EAOK_Sinod, lk 121
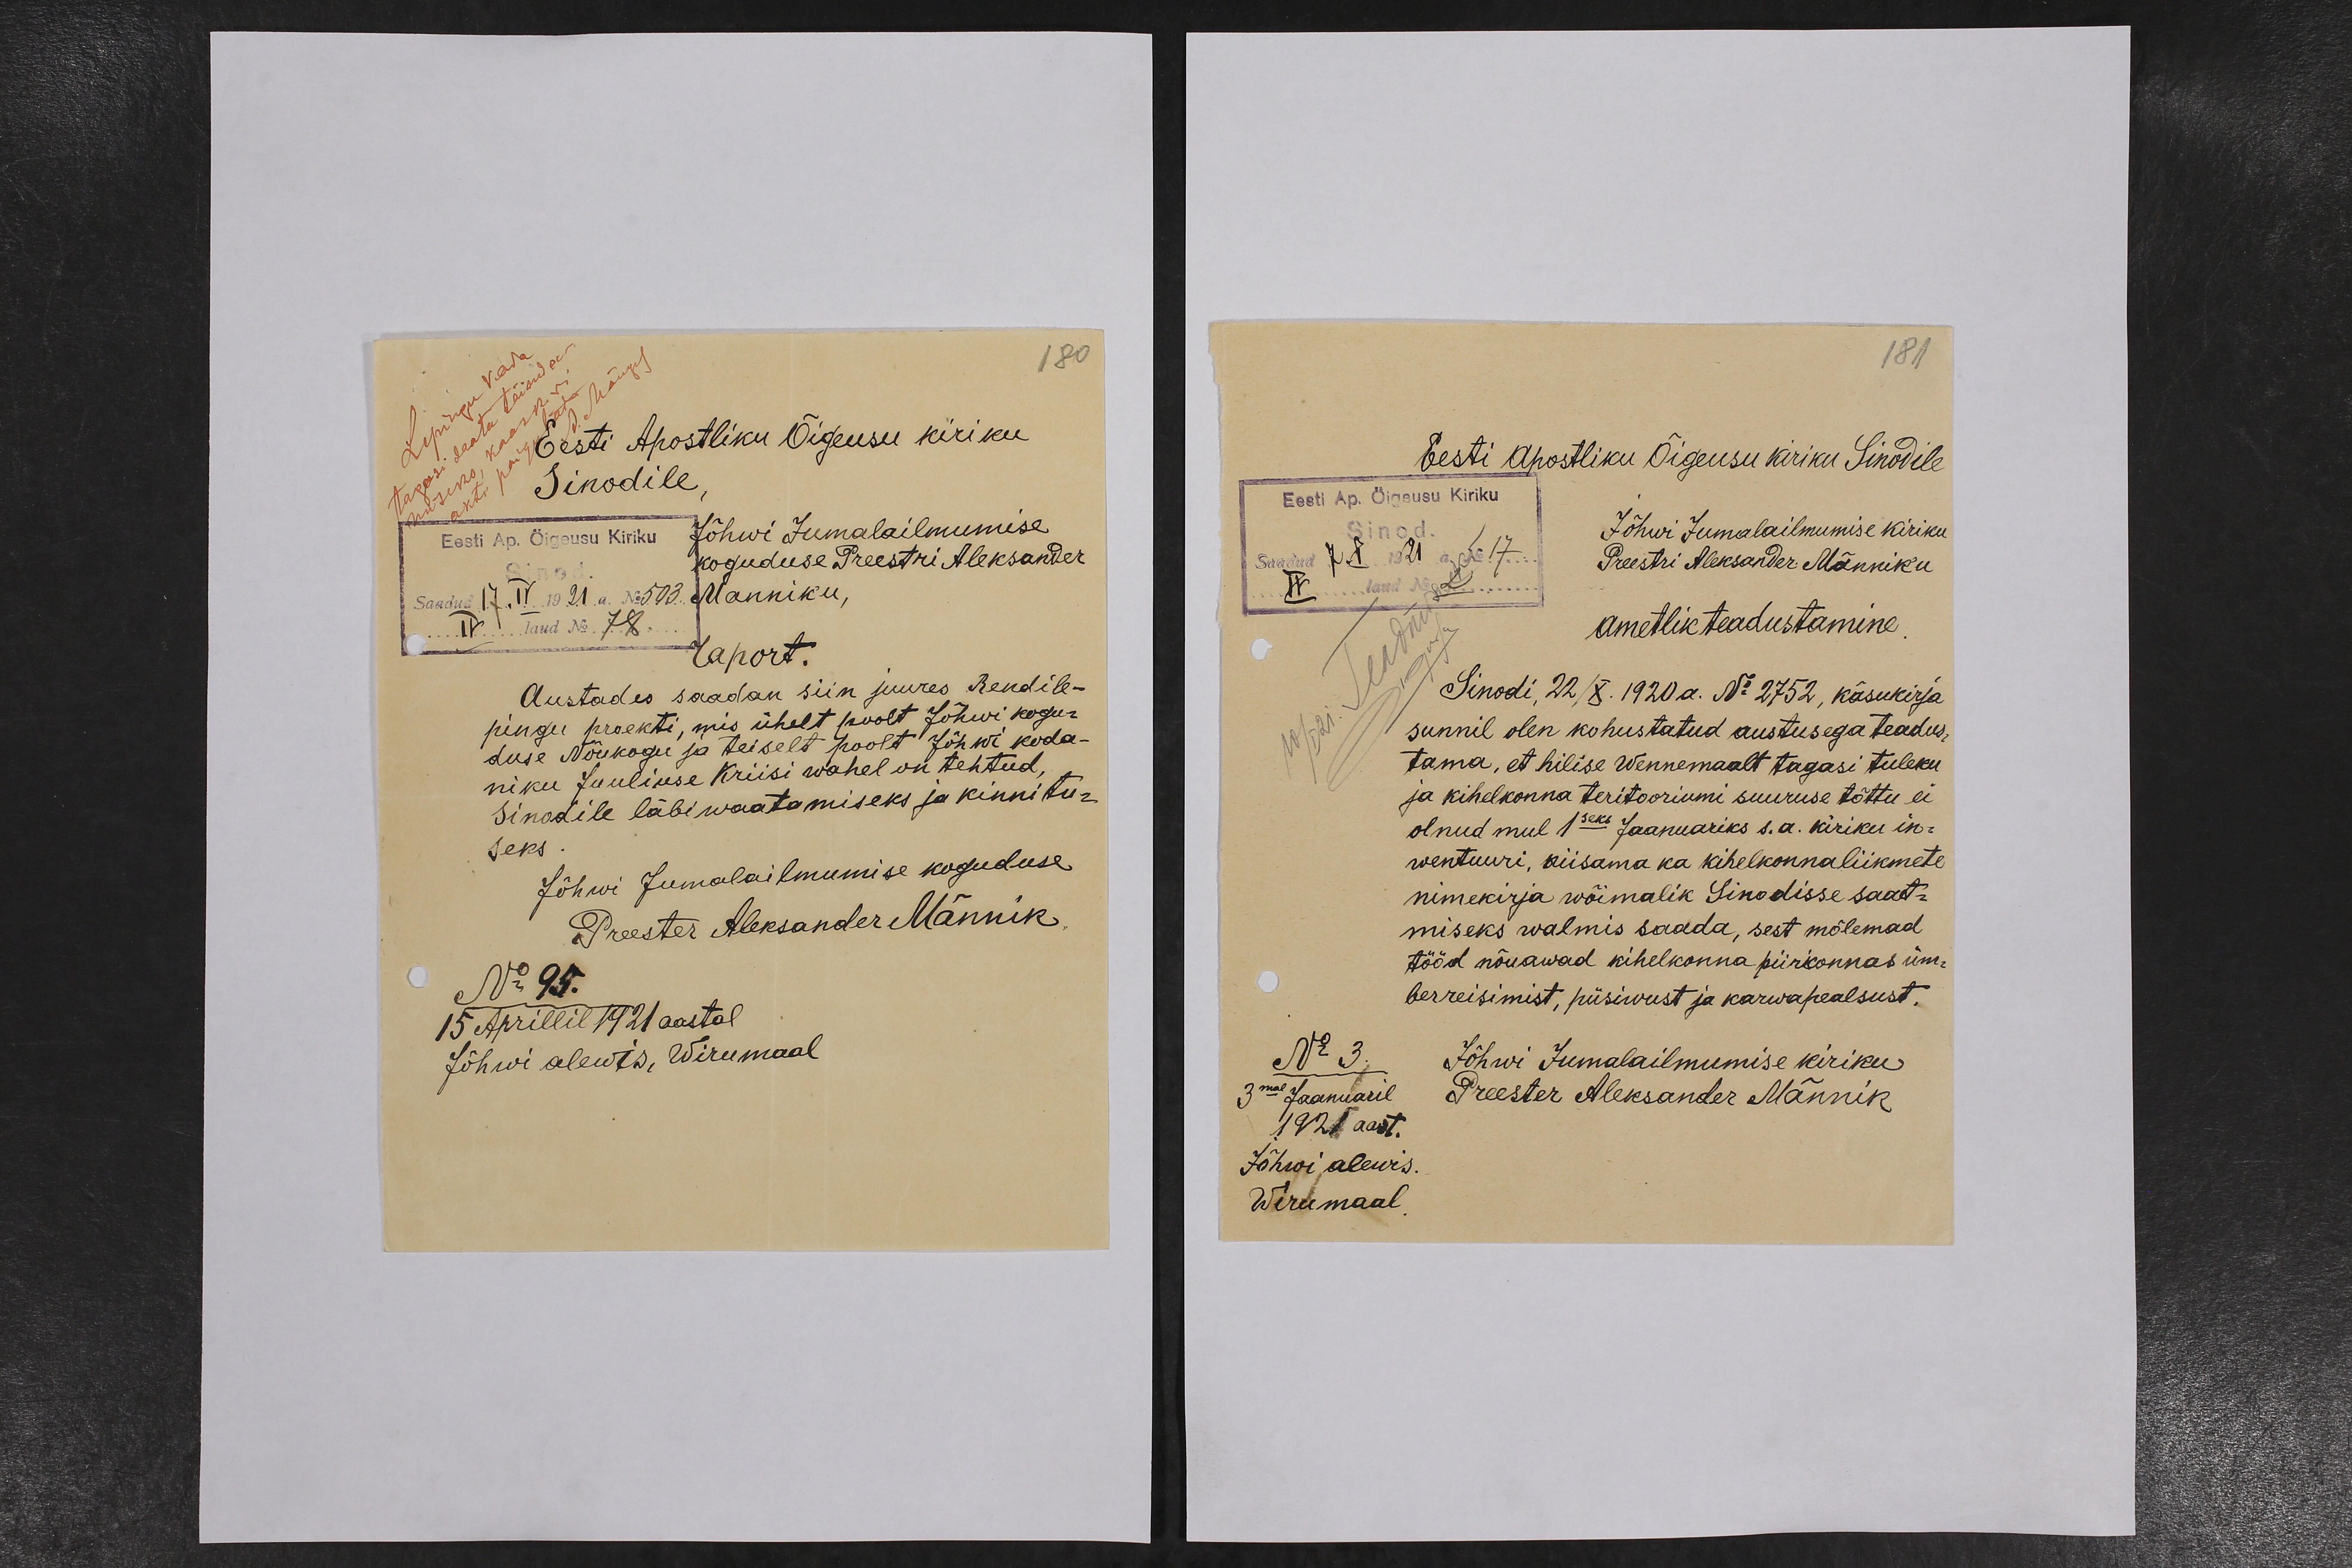
180
Eesti Apostliku Õigeusu kiriku
Sinodile.
Jõhwi Jumalailmumise
koguduse Preestri Aleksander
Manniku,
raport.
Austades saadan siin juures Rendile-
pingu proekti, mis ühelt poolt Jõhwi kogu-
duse Nõukogu ja teiselt poolt Jõhwi koda-
niku Juuliuse Kriisi wahel on tehtud,
Sinodile läbiwaatamiseks ja kinnitu-
seks.
Jõhwi Jumalailmumise koguduse
Preester Aleksander Männik
No 95.
15 Aprillil 1921 aastal
Jõhwi alewis, Wirumaal

181
Eesti Apostliku Õigeusu kiriku Sinodile
Jõhwi Jumalailmumise kiriku
Preestri Aleksander Männiku
ametlik teadustamine
Sinodi, 22/X. 1920 a. No 2752, käsukirja
sunnil olen kohustatud austusega teadus-
tama, et hilise Wennemaalt tagasi tuleku
ja kihelkonna teritooriumi suuruse tõttu ei
olnud mul 1seks Jaanuariks s.a. kiriku in-
wentuuri, niisama ka kihelkonnaliikmete
nimekirja wõimalik Sinodisse saat-
miseks walmis saada, sest mõlemad
tööd nõuawad kihelkonna piirkonnas üm-
berreisimist, püsivust ja karwapealsust.
Jõhwi Jumalailmumise kiriku
Preester Aleksander Männik
No 3.
3mal Jaanuaril
1921 aast.
Jõhwi alewis.
Wirumaal.